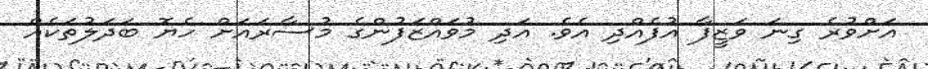
އަށްވުރެ ގިނަ ވަޒީފާ އުފެއްދި އެވެ. އަދި މުވައްޒަފުންގެ މުސާރައަށް ހެޔޮ ބަދަލުތަކެއް